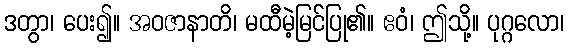
ဒတွာ၊ ပေး၍။ အဝဇာနာတိ၊ မထီမဲ့မြင်ပြု၏။ ဧဝံ၊ ဤသို့။ ပုဂ္ဂလော၊